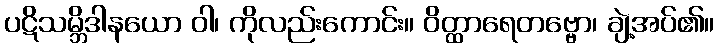
ပဋိသမ္ဘိဒါနယော ဝါ၊ ကိုလည်းကောင်း။ ဝိတ္ထာရေတဗ္ဗော၊ ချဲ့အပ်၏။